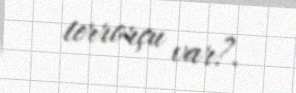
terrorçu var?.